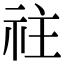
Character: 𥘭